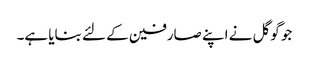
جو گوگل نے اپنے صارفین کے لئے بنایا ہے۔